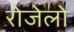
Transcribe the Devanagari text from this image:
रोजेलो